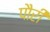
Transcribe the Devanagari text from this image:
पौरी